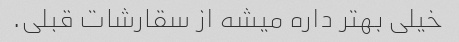
خیلی بهتر داره میشه از سقارشات قبلی.